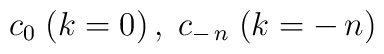
\:c_{0} \;(k=0)\,, \;c_{-\,n}\;(k= -\,n)\: